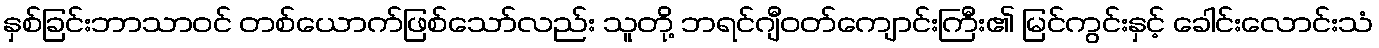
နှစ်ခြင်းဘာသာဝင် တစ်ယောက်ဖြစ်သော်လည်း သူတို့ ဘရင်ဂျီဝတ်ကျောင်းကြီး၏ မြင်ကွင်းနှင့် ခေါင်းလောင်းသံ